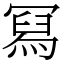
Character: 冩